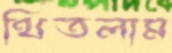
থিতলাম